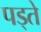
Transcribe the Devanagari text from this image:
पड्ते